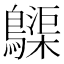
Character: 𪆫